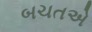
બચતએ